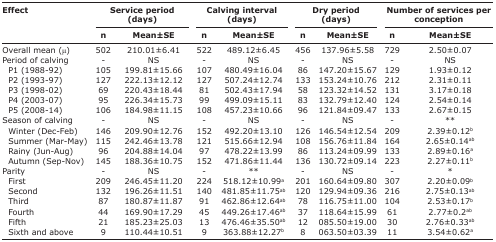
<table><thead><tr><td rowspan="3"><b>Effect</b></td><td colspan="2"><b>Service period (days)</b></td><td colspan="2"><b>Calving interval (days)</b></td><td colspan="2"><b>Dry period (days)</b></td><td colspan="2"><b>Number of services per conception</b></td></tr><tr><td><b>n</b></td><td><b>Mean±SE</b></td><td><b>n</b></td><td><b>Mean±SE</b></td><td><b>n</b></td><td><b>Mean±SE</b></td><td><b>n</b></td><td><b>Mean±SE</b></td></tr></thead><tbody><tr><td>Overall mean (μ)</td><td>502</td><td>210.01±6.41</td><td>522</td><td>489.12±6.45</td><td>456</td><td>137.96±5.58</td><td>729</td><td>2.50±0.07</td></tr><tr><td>Period of calving</td><td>-</td><td>NS</td><td>-</td><td>NS</td><td>-</td><td>NS</td><td>-</td><td>NS</td></tr><tr><td> P1 (1988-92)</td><td>105</td><td>199.81±15.66</td><td>107</td><td>480.49±16.04</td><td>86</td><td>147.20±15.67</td><td>129</td><td>1.93±0.12</td></tr><tr><td> P2 (1993-97)</td><td>127</td><td>222.13±12.12</td><td>127</td><td>507.24±12.74</td><td>133</td><td>153.24±10.76</td><td>212</td><td>2.31±0.11</td></tr><tr><td> P3 (1998-02)</td><td>69</td><td>220.43±18.44</td><td>81</td><td>502.43±17.94</td><td>58</td><td>123.32±14.52</td><td>131</td><td>3.17±0.18</td></tr><tr><td> P4 (2003-07)</td><td>95</td><td>226.34±15.73</td><td>99</td><td>499.09±15.11</td><td>83</td><td>132.79±12.40</td><td>124</td><td>2.54±0.14</td></tr><tr><td> P5 (2008-14)</td><td>106</td><td>184.98±11.15</td><td>108</td><td>457.23±10.66</td><td>96</td><td>121.84±09.47</td><td>133</td><td>2.67±0.15</td></tr><tr><td>Season of calving</td><td>-</td><td>NS</td><td>-</td><td>NS</td><td>-</td><td>NS</td><td>-</td><td>**</td></tr><tr><td> Winter (Dec-Feb)</td><td>146</td><td>209.90±12.76</td><td>152</td><td>492.20±13.10</td><td>126</td><td>146.54±12.54</td><td>209</td><td>2.39±0.12<sup>b</sup></td></tr><tr><td> Summer (Mar-May)</td><td>115</td><td>242.46±13.78</td><td>121</td><td>515.66±12.94</td><td>108</td><td>156.76±11.84</td><td>164</td><td>2.65±0.14<sup>ab</sup></td></tr><tr><td> Rainy (Jun-Aug)</td><td>96</td><td>204.88±14.04</td><td>97</td><td>478.22±13.99</td><td>86</td><td>113.24±09.99</td><td>133</td><td>2.89±0.16<sup>a</sup></td></tr><tr><td> Autumn (Sep-Nov)</td><td>145</td><td>188.36±10.75</td><td>152</td><td>471.86±11.44</td><td>136</td><td>130.72±09.14</td><td>223</td><td>2.27±0.11<sup>b</sup></td></tr><tr><td>Parity</td><td>-</td><td>NS</td><td>-</td><td>**</td><td>-</td><td>NS</td><td>-</td><td>*</td></tr><tr><td> First</td><td>209</td><td>246.45±11.20</td><td>224</td><td>518.12±10.99<sup>a</sup></td><td>201</td><td>160.64±09.80</td><td>307</td><td>2.20±0.09<sup>b</sup></td></tr><tr><td> Second</td><td>132</td><td>196.26±11.51</td><td>140</td><td>481.85±11.75<sup>ab</sup></td><td>120</td><td>129.94±09.36</td><td>216</td><td>2.75±0.13<sup>ab</sup></td></tr><tr><td> Third</td><td>87</td><td>180.87±11.87</td><td>91</td><td>462.86±12.64<sup>ab</sup></td><td>78</td><td>116.75±11.00</td><td>104</td><td>2.53±0.17<sup>b</sup></td></tr><tr><td> Fourth</td><td>44</td><td>169.90±17.29</td><td>45</td><td>449.26±17.46<sup>ab</sup></td><td>37</td><td>118.64±15.99</td><td>61</td><td>2.77±0.2<sup>ab</sup></td></tr><tr><td> Fifth</td><td>21</td><td>185.23±25.03</td><td>13</td><td>476.46±35.50<sup>ab</sup></td><td>12</td><td>085.50±19.00</td><td>30</td><td>2.76±0.33<sup>ab</sup></td></tr><tr><td> Sixth and above</td><td>9</td><td>110.44±10.51</td><td>9</td><td>363.88±12.27<sup>b</sup></td><td>8</td><td>063.50±03.39</td><td>11</td><td>3.54±0.62<sup>a</sup></td></tr></tbody></table>